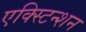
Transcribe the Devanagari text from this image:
एक्स्टिन्शन